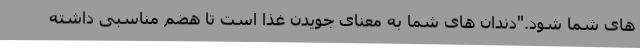
های شما شود."دندان های شما به معنای جویدن غذا است تا هضم مناسبی داشته